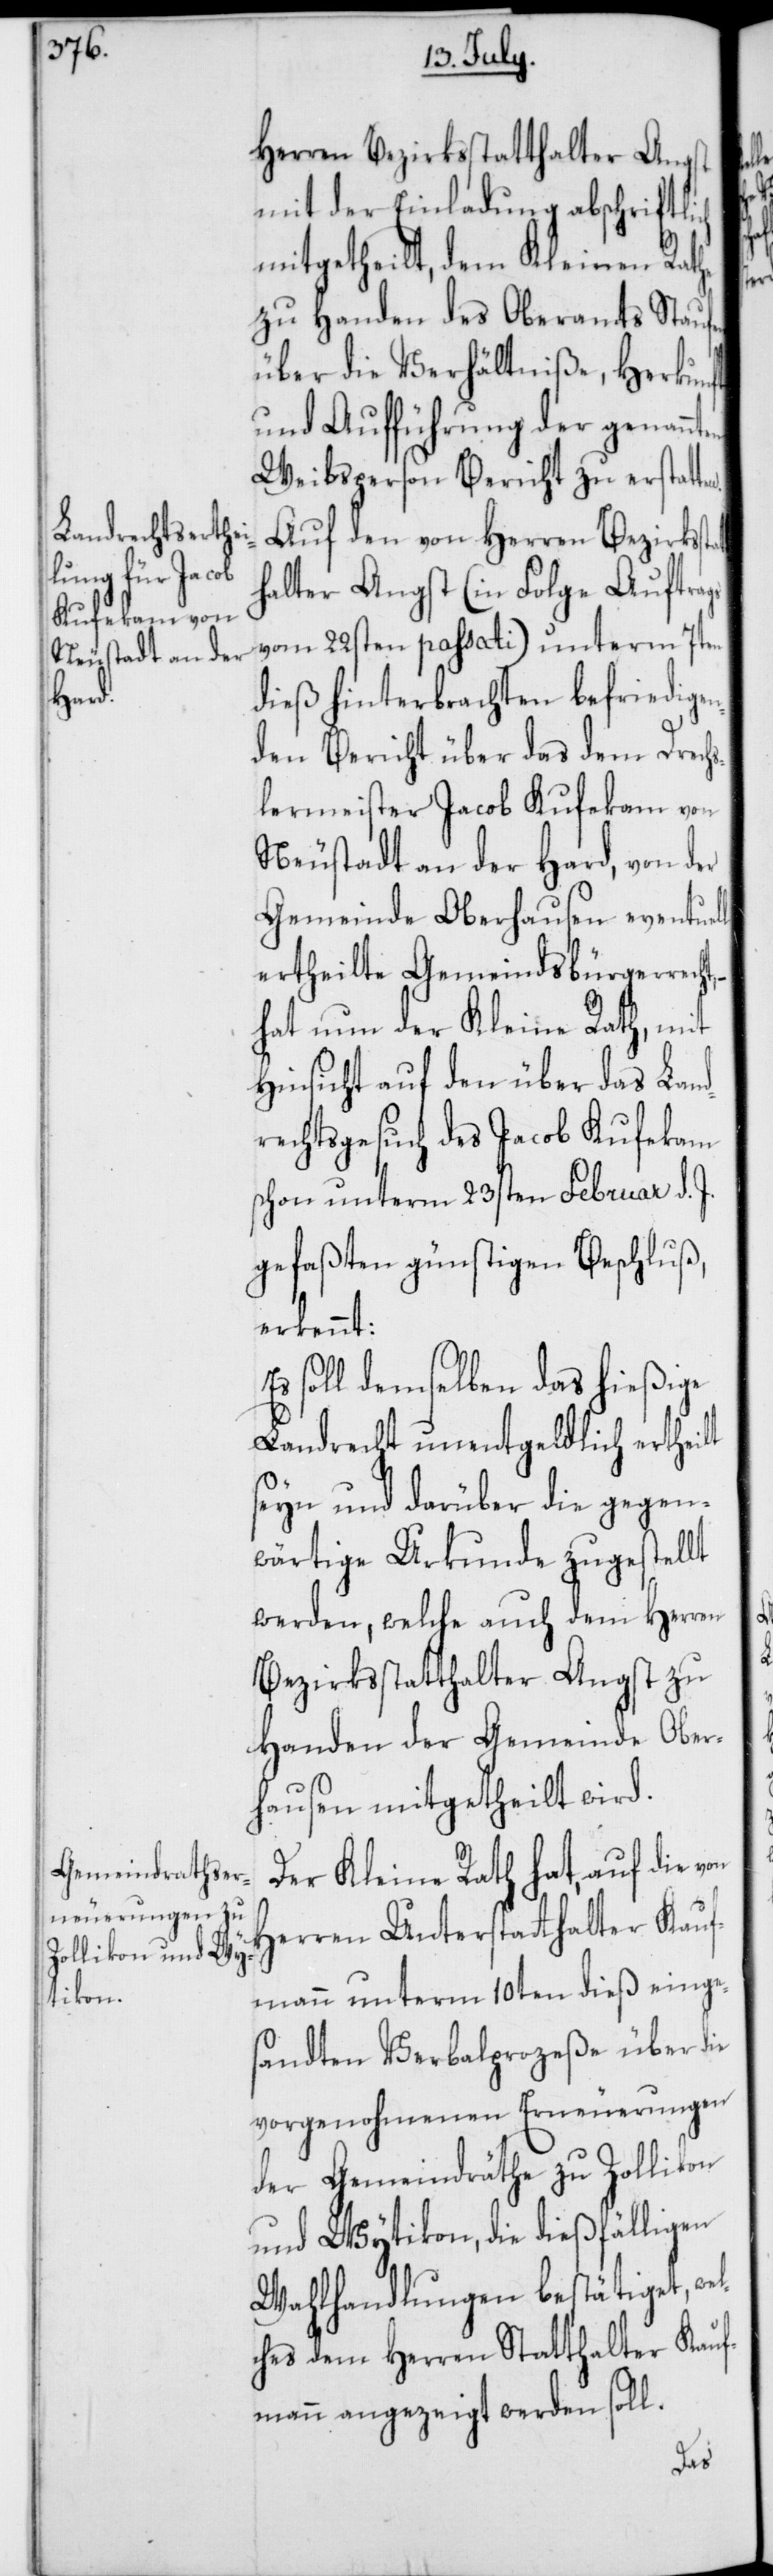
el¬

Herren Bezirksstatthalter Angst
mit der Einladung abschriftli¬
mitgetheilt, dem Kleinen Rathe
zu Handen des Oberamts Staufen
über die Verhältniße, Herkunft
und Aufführung der genannten
Weibsperson Bericht zu erstatt¬
Auf den von Herren Bezirkss¬
halter Angst (in Folge Auftrags
vom 22sten passati) unterm 7ten
dieß hinterbrachten befriedigen¬
den Bericht über das dem Drechs¬
lermeister Jacob Kufekam von
Neustadt an der Hard, von der
Gemeinde Oberhausen eventuell
ertheilte Gemeindsbürgerrech¬
hat nun der Kleine Rath, mit
Hinsicht auf den über das Land¬
rechtsgesuch des Jacob Kufekam
schon unterm 23sten Februar d. J.
gefaßten günstigen Beschluß,
erkennt:
Es soll demselben das hießige
Landrecht unentgeldlich ertheilt
seyn und darüber die gegen¬
wärtige Urkunde zugestellt
werden, welche auch dem Herren
Bezirksstatthalter Angst zu
Handen der Gemeinde Ober¬
hausen mitgetheilt wird.
Der Kleine Rath hat, auf die von
Herren Unterstatthalter Kauf¬
mann unterm 10ten dieß einges¬
andten Verbalprozeße über die
vorgenohmenen Erneuerungen
der Gemeindräthe zu Zollikon
und Wytikon, die dießfälligen
Wahlhandlungen bestätiget, w¬
ches dem Herren Statthalter Kauf¬
mann angezeigt werden soll.
ch